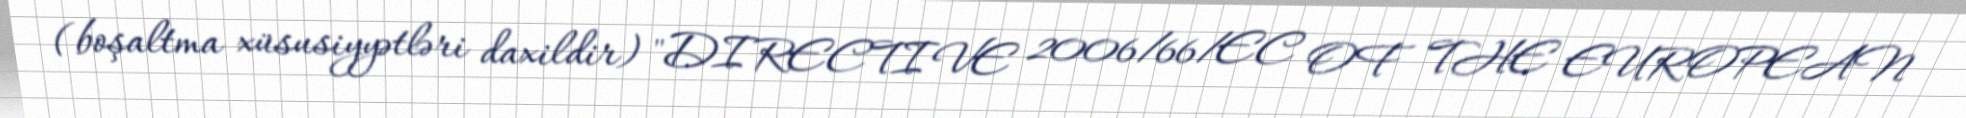
(boşaltma xüsusiyyətləri daxildir) "DIRECTIVE 2006/66/EC OF THE EUROPEAN